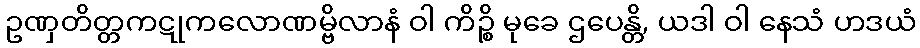
ဥဏှတိတ္တကဋုကလောဏမ္ဗိလာနံ ဝါ ကိဉ္စိ မုခေ ဌပေန္တိ, ယဒါ ဝါ နေသံ ဟဒယံ